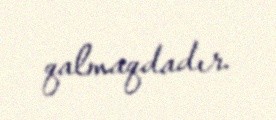
qalmaqdadır.